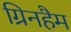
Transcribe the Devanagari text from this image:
ग्रिनहैम